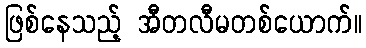
ဖြစ်နေသည့် အီတလီမတစ်ယောက်။